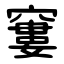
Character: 窶